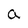
Character: a